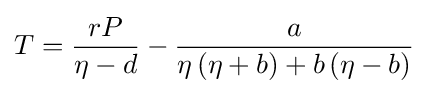
T={\frac {rP}{\eta -d}}-{\frac {a}{\eta \left(\eta +b\right)+b\left(\eta -b\right)}}